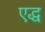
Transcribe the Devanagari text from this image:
एद्ध